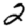
Digit: 2